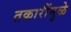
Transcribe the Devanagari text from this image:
तक्रारींमुळे